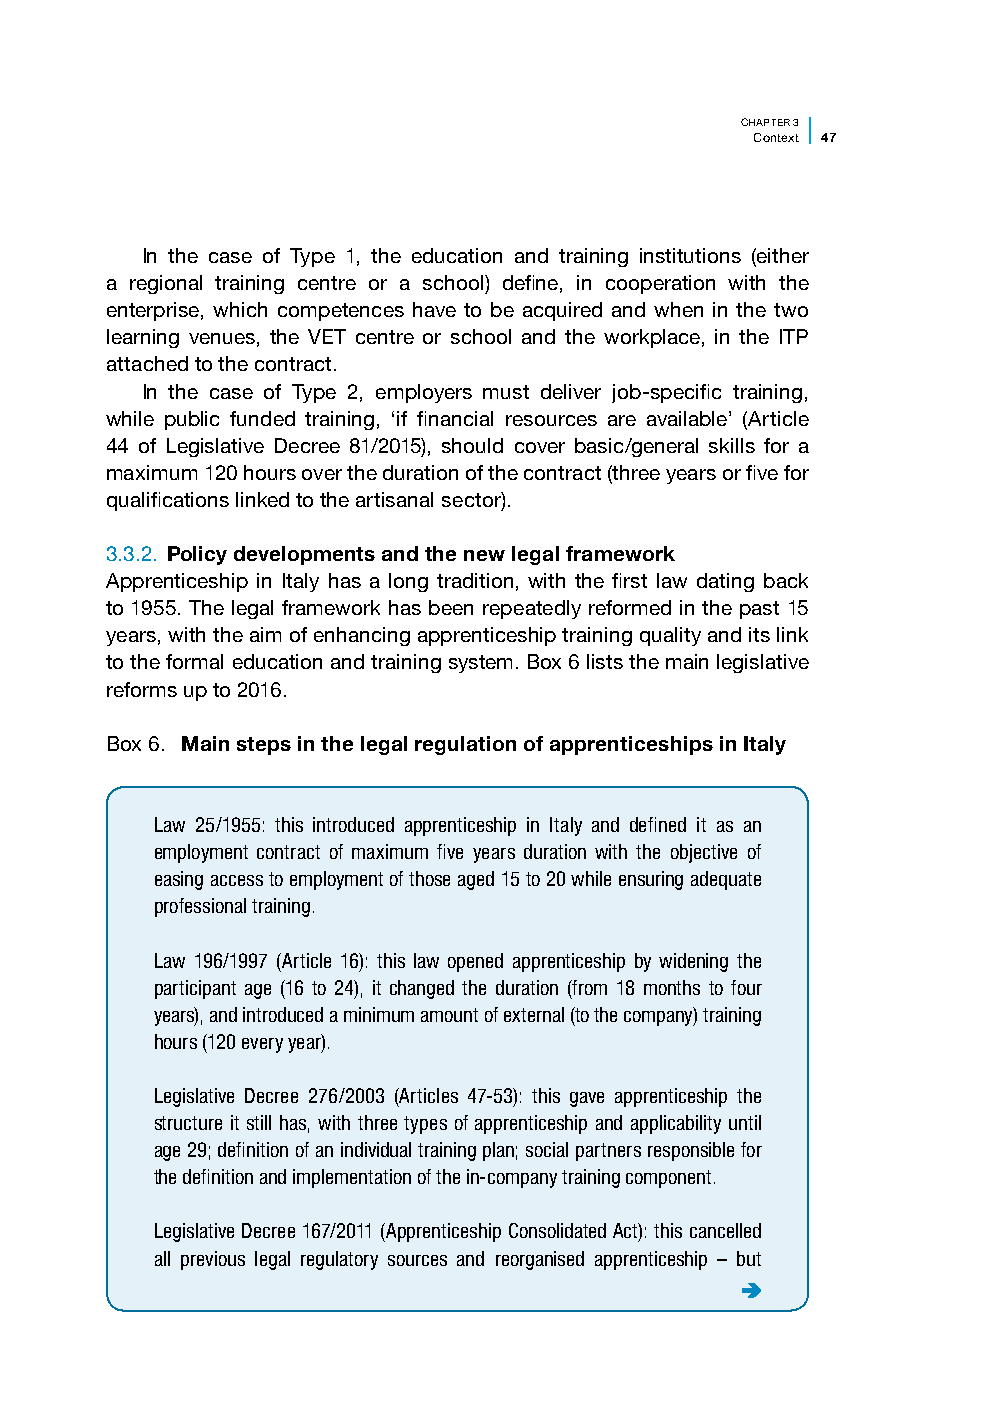
CHAPTER 3
 Context 47
 In the case of Type 1, the education and training institutions (either
 a regional training centre or a school) define, in cooperation with the
 enterprise, which competences have to be acquired and when in the two
 learning venues, the VET centre or school and the workplace, in the ITP
 attached to the contract.
 In the case of Type 2, employers must deliver job-specific training,
 while public funded training, ‘if financial resources are available’ (Article
 44 of Legislative Decree 81/2015), should cover basic/general skills for a
 maximum 120 hours over the duration of the contract (three years or five for
 qualifications linked to the artisanal sector).
 3.3.2. Policy developments and the new legal framework
 Apprenticeship in Italy has a long tradition, with the first law dating back
 to 1955. The legal framework has been repeatedly reformed in the past 15
 years, with the aim of enhancing apprenticeship training quality and its link
 to the formal education and training system. Box 6 lists the main legislative
 reforms up to 2016.
 Box 6. Main steps in the legal regulation of apprenticeships in Italy
 Law 25/1955: this introduced apprenticeship in Italy and defined it as an
 employment contract of maximum five years duration with the objective of
 easing access to employment of those aged 15 to 20 while ensuring adequate
 professional training.
 Law 196/1997 (Article 16): this law opened apprenticeship by widening the
 participant age (16 to 24), it changed the duration (from 18 months to four
 years), and introduced a minimum amount of external (to the company) training
 hours (120 every year).
 Legislative Decree 276/2003 (Articles 47-53): this gave apprenticeship the
 structure it still has, with three types of apprenticeship and applicability until
 age 29; definition of an individual training plan; social partners responsible for
 the definition and implementation of the in-company training component.
 Legislative Decree 167/2011 (Apprenticeship Consolidated Act): this cancelled
 all previous legal regulatory sources and reorganised apprenticeship – but